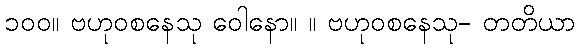
၁၀၀။ ဗဟုဝစနေသု ဝေါနော။ ။ ဗဟုဝစနေသု- တတိယာ